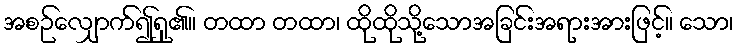
အစဉ်လျှောက်၍ရှု၏။ တထာ တထာ၊ ထိုထိုသို့သောအခြင်းအရားအားဖြင့်။ သော၊